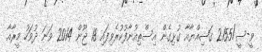
ވީ-ސީ/2155 ޤަޟިއްޔާއާ ގުޅިގެން އިސްތިއުނާފުކުރެވިފައި 18 ޖޫން 2014 ވަނަ ދުވަހު މީރާއާ